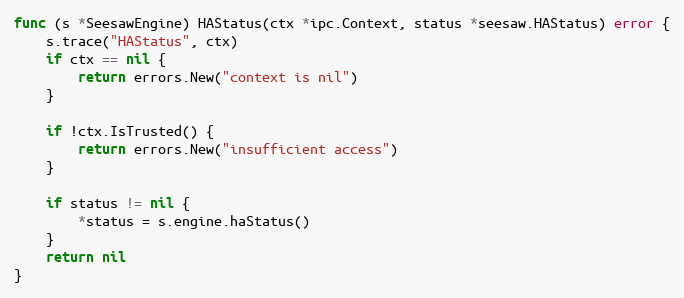
Language: Go
func (s *SeesawEngine) HAStatus(ctx *ipc.Context, status *seesaw.HAStatus) error {
	s.trace("HAStatus", ctx)
	if ctx == nil {
		return errors.New("context is nil")
	}

	if !ctx.IsTrusted() {
		return errors.New("insufficient access")
	}

	if status != nil {
		*status = s.engine.haStatus()
	}
	return nil
}